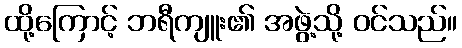
ထို့ကြောင့် ဘရီကျူး၏ အဖွဲ့သို့ ဝင်သည်။